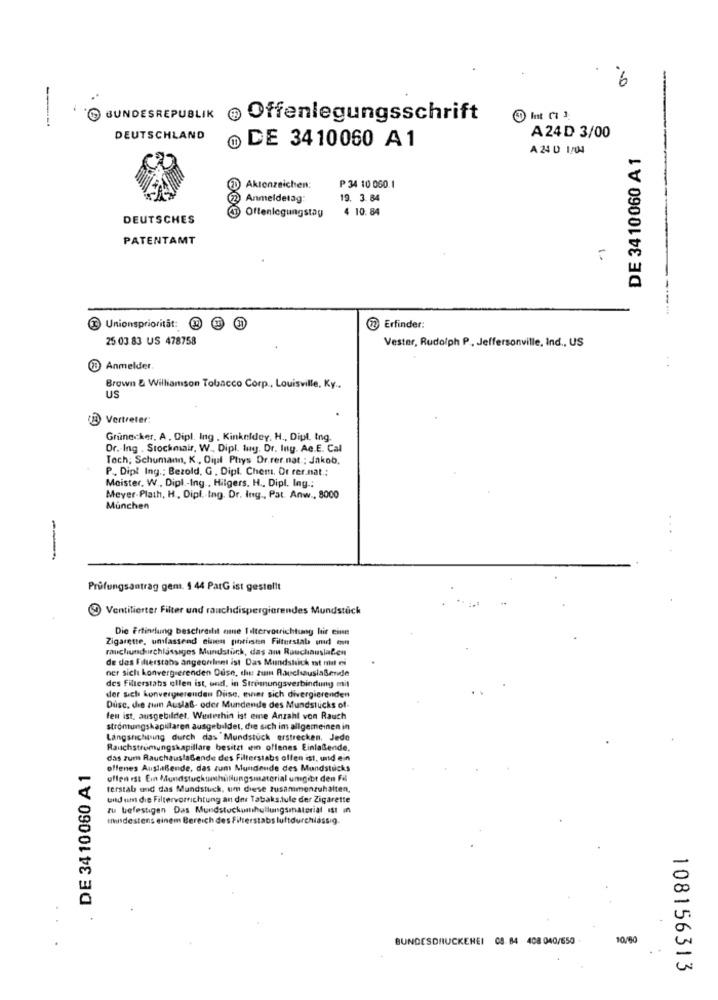
6
-
BUNDESREPUBLIK @ Offenlegungsschrift
F
DEUTSCHLAND
® DE 3410060 A1
A24 D 3/00
A 24 D 1/04
DE 3410060 A 1
P 34 10 060.1
(D) Aktenzeichen:
Anmeldetag:
19. 3.84
4 10. 84
DEUTSCHES
(3 Offenlegungstay
PATENTAMT
1.
Unionsprioritat:
22 Erfinder:
25.03.83 US 478758
Vester, Rudolph P, Jeffersonville, Ind ., US
B Anmelder
Brown & Williamson Tobacco Corp ., Louisville, Ky ..
US
Vertreter:
Grünecker, A, Dipl. Ing . Kinkeldey, H ., Dipl, Ing.
Dr .- Ing . Stockmair, W ., Dipl. lug. Dr. Ing. Ac.E. Cal
Toch, Schumann, K ., Oipal Phys Dr.rer.nat .: Jakob.
P. Dipl Ing .; Bezold, G, Dipl. Chem. Dr rer.nat .:
Meister, W ., Dipl .- Ing ., Hilgers, H ., Dipl, Ing .:
Meyer-Plath, H, Dipl. Ing. Dr. Ing ., Pat. Anw ., 8000
Munchen
-
Prüfungsantrag gent. § 44 PatG ist gestellt
Ventilierter Filter und rauchdispergierendes Mundstück
Die Erfindung beschireslit emne Tiltervorrichtung hir eine
Zigarette, umfassend einen porisen Filterstab and own
rauchundurchlassages Mundstück, das am Rauchauslalen
de des Filterstabs angecelnet ist Das Mundsich et mit es
ner sich konvergierenden Duse, che zum RauchausiaBende
des Filterstats allen ist, and, in Stromungsverbindung mit
der sich konvergserendeu Diise, mier sich divergierenden
Disc. die zuin Auslaß- oder Mundende des Mundstücks of-
fen ist, ausgebildet. Weiterhin ist eme Anzahl von Rauch
strömungskapillaren ausgebildet, die sich im allgemeinen in
Langsrichtung durch das Mundstuck erstrecken. Jede
Rauchströmungskapillare besitzt ein offenes Einlaßende.
DE 34 10060 A 1
das zum RauchauslaGende des Filterstabs offen ist, und ein
offenes AuslaBende, das zum Mundende des Mondstucks
uffen ist Ein fundstuckumhilllungsmaterial umgibt den Fil
terstab and das Mundstuck, um diese zusammenzuhalten,
und um die Filtervorrichtung an dni Tabaksdule der Zigarette
zu befestigen Das Mundstockumhullungsmaterial Ist in
Imisdestens einem Bereich des Filterstabs luftdurchlässig.
BUNDESDRUCKEREI 08 84 408 040/650 -
108156313